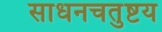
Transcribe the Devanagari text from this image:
साधनचतुष्टय